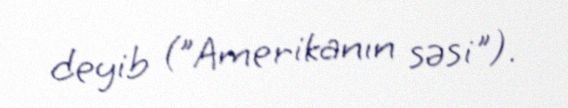
deyib ("Amerikanın səsi").